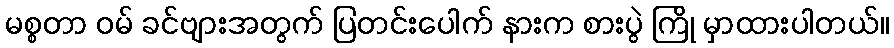
မစ္စတာ ဝမ် ခင်ဗျားအတွက် ပြတင်းပေါက် နားက စားပွဲ ကြို မှာထားပါတယ်။